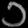
Digit: ၁